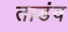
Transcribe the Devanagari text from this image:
ताडंव